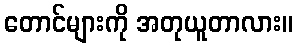
တောင်များကို အတုယူတာလား။